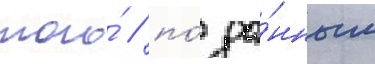
того́ / по́ да́нным